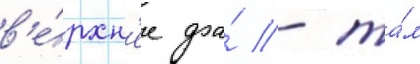
в'е́рхн'ее фа́ - та́м